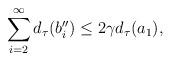
LaTeX: \begin{align*}\sum_{i=2}^\infty d_\tau(b_i'')\leq 2\gamma d_\tau(a_1),\end{align*}